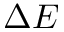
\Delta E